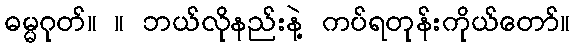
ဓမ္မဂုတ်။ ။ ဘယ်လိုနည်းနဲ့ ကပ်ရတုန်းကိုယ်တော်။